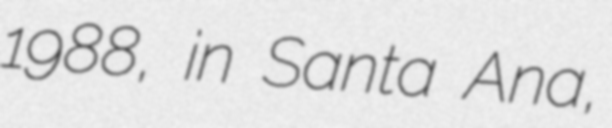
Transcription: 1988, in Santa Ana,